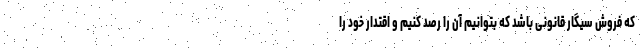
که فروش سیگار قانونی باشد که بتوانیم آن را رصد کنیم و اقتدار خود را